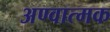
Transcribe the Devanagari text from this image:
अण्वात्मक